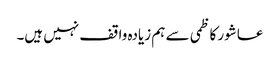
عاشور کاظمی سے ہم زیادہ واقف نہیں ہیں۔